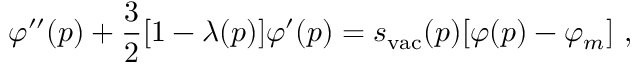
\varphi ^ { \prime \prime } ( p ) + { \frac { 3 } { 2 } } [ 1 - \lambda ( p ) ] \varphi ^ { \prime } ( p ) = s _ { \mathrm { v a c } } ( p ) [ \varphi ( p ) - \varphi _ { m } ] \ ,